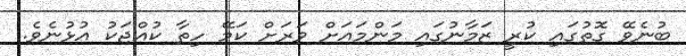
ބުނެވޭ ގޮތުގައި ކުރީ ޒަމާނުގައި މަންމައަށް ވަރަށް ކަމޭ ހިތާ ކުއްޖަކު އުޅުނެވެ.